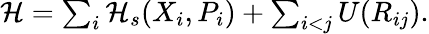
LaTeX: \begin{array}{r}{\mathcal{H}=\sum_{i}\mathcal{H}_{s}(X_{i},P_{i})+\sum_{i<j}U(R_{ij}).}\end{array}